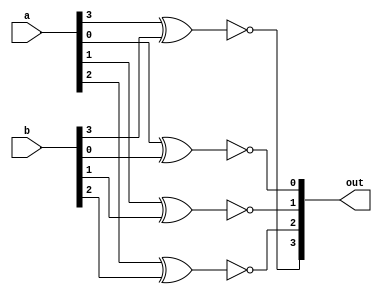
module four_xnor(a, b, out);

input [3:0]a;
input [3:0]b;
output [3:0]out;

xnor  zero(out[0], a[0], b[0]);
xnor one(out[1], a[1], b[1]);
xnor two(out[2], a[2], b[2]);
xnor three(out[3], a[3], b[3]);

endmodule